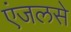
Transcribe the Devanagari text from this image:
एंजलसे